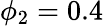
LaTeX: \phi_{2}=0.4